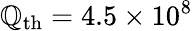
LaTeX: \mathbb{Q}_{\mathrm{{th}}}=4.5\times10^{8}